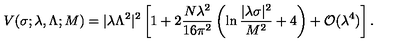
V ( \sigma ; \lambda , \Lambda ; M ) = | \lambda \Lambda ^ { 2 } | ^ { 2 } \left[ 1 + 2 \frac { N \lambda ^ { 2 } } { 1 6 \pi ^ { 2 } } \left( \ln \frac { | \lambda \sigma | ^ { 2 } } { M ^ { 2 } } + 4 \right) + { \cal O } ( \lambda ^ { 4 } ) \right] .